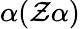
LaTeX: \alpha(\mathcal{Z}\alpha)